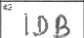
Transcription: IDB